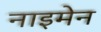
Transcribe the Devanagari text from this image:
नाइमेन